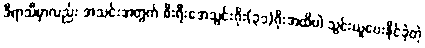
ဒီရာသီမှာလည်း အသင်းအတွက် စီးရီးအေသွင်းဂိုး(၃၁)ဂိုးအထိပါ သွင်းယူပေးနိုင်ခဲ့တဲ့